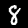
Digit: 8